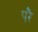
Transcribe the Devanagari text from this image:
परेै